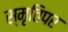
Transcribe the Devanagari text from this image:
स्मृतिपर